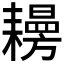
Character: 𦔨